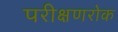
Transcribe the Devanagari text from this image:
परीक्षणरोक